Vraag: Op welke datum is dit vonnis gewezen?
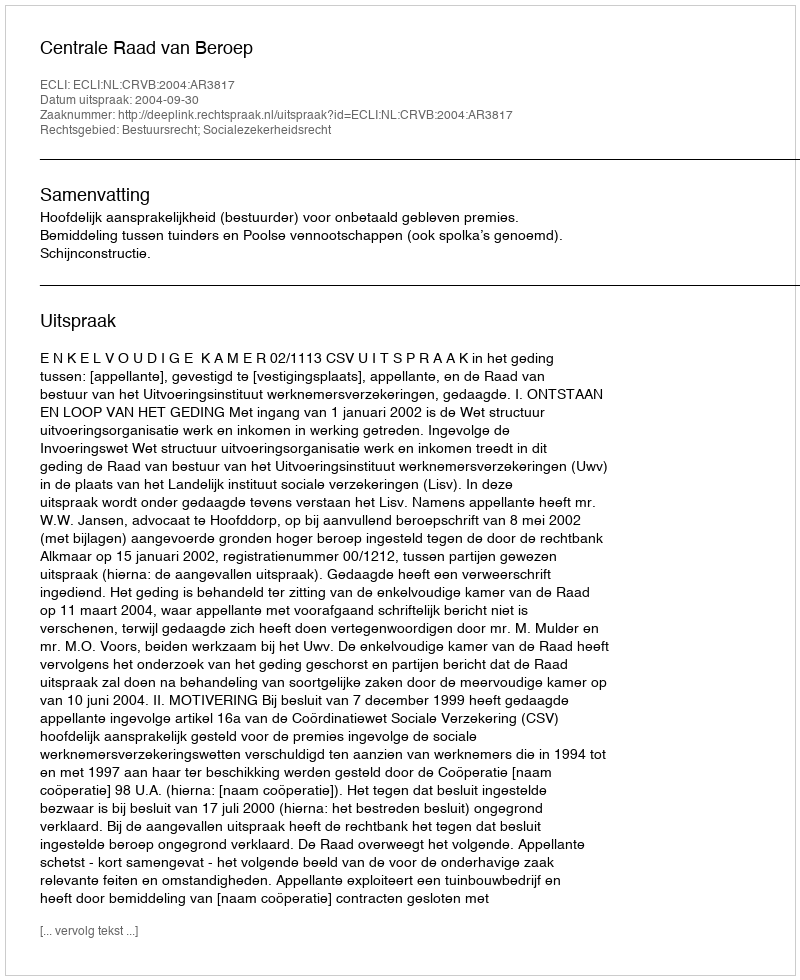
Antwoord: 2004-09-30